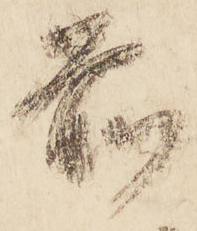
前